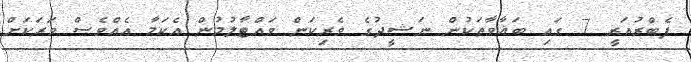
ފެބްރުއަރީ 7 ގައި ބަޣާވާތަކުން ނަޝީދުގެ ވެރިކަން ވައްޓާލުމުން އެކަމާ އެއްވެސް ވަރަކަށް